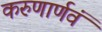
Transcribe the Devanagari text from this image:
करुणार्णवं